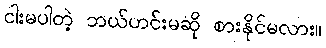
ငါးမပါတဲ့ ဘယ်ဟင်းမဆို စားနိုင်မလား။